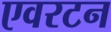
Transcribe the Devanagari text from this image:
एवरटन